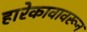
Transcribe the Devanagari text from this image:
हारेकावावरून